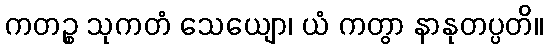
ကတဉ္စ သုကတံ သေယျော၊ ယံ ကတွာ နာနုတပ္ပတိ။